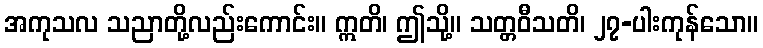
အကုသလ သညာတို့လည်းကောင်း။ ဣတိ၊ ဤသို့။ သတ္တဝီသတိ၊ ၂၇-ပါးကုန်သော။